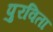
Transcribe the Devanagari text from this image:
पुरविता